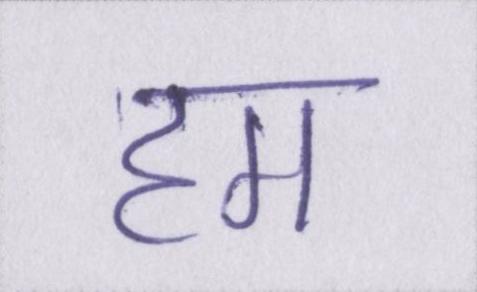
हम